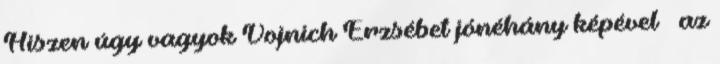
Hiszen úgy vagyok Vojnich Erzsébet jónéhány képével – az